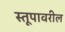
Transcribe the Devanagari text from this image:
स्तूपावरील